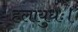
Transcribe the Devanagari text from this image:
हलायुधः।